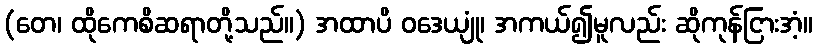
(တေ၊ ထိုကေစိဆရာတို့သည်။) အထာပိ ဝဒေယျုံ၊ အကယ်၍မူလည်း ဆိုကုန်ငြားအံ့။